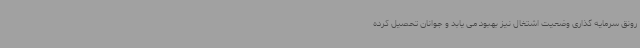
رونق سرمایه گذاری وضعیت اشتغال نیز بهبود می یابد و جوانان تحصیل کرده